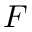
F